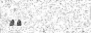
٣٢